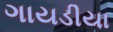
ગાયડીયા